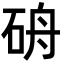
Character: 𥑸